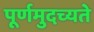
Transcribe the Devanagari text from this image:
पूर्णमुदच्यते